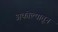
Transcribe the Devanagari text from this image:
अकोल्यातून